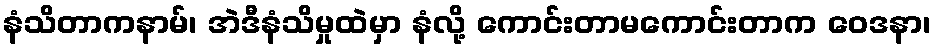
နံသိတာကနာမ်၊ အဲဒီနံသိမှုထဲမှာ နံလို့ ကောင်းတာမကောင်းတာက ဝေဒနာ၊